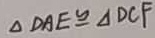
\Delta D A E \cong \Delta D C F